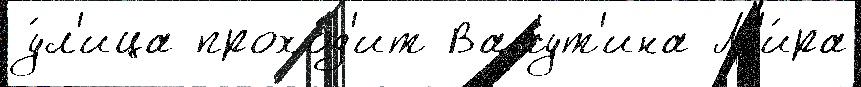
у́л'ица прохо́д'ит Ватут'ина М'и́ра